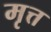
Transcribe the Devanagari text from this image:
मृत्त